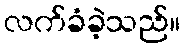
လက်ခံခဲ့သည်။